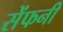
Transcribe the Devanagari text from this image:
सेंफनी